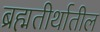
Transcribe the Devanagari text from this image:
ब्रह्मतीर्थातील